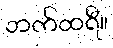
ဘက်ထရီ။